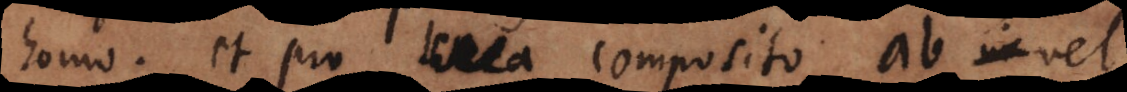
homo, et pro litera composito ab vel